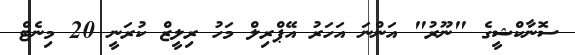
ސޮނާކްޝީގެ "ނޫރު" އަންނަ އަހަރު އޭޕްރިލް މަހު ރިލީޒް ކުރަނީ 20 މިނެޓް